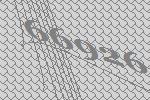
66926